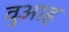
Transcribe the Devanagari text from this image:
वुआह